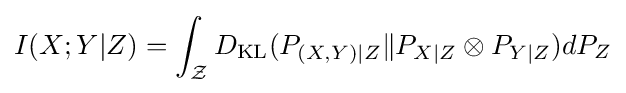
I(X;Y|Z)=\int _{\mathcal {Z}}D_{\mathrm {KL} }(P_{(X,Y)|Z}\|P_{X|Z}\otimes P_{Y|Z})dP_{Z}